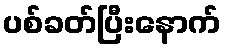
ပစ်ခတ်ပြီးနောက်